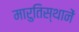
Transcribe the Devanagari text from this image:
मारुतिस्थानें